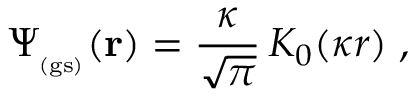
\Psi _ { _ \mathrm { ( g s ) } } ( { \bf r } ) = \frac { \kappa } { \sqrt { \pi } } \, K _ { 0 } ( \kappa r ) \; ,